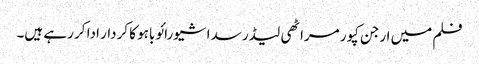
فلم میں ارجن کپور مراٹھی لیڈر سداشیورائو باہو کا کردار ادا کر رہے ہیں۔